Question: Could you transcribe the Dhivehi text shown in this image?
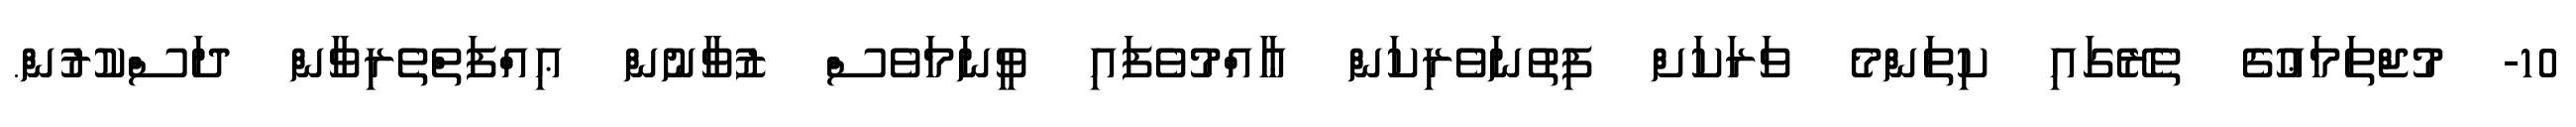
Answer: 10- މުޖްތަމަޢުގެ ތެރޭގައި ކިތަންމެ ވަރަކަށް ފިތުނަވެރިކަން ޢާއްމުވެފައި ވީނަމަވެސް ޒުވާނުން ޢިއްފަތްތެރިވާން ދަސްކުރުން.